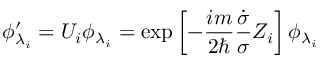
\phi _ { \lambda _ { i } } ^ { \prime } = U _ { i } \phi _ { \lambda _ { i } } = \exp \left[ - \frac { i m } { 2 \hbar } \frac { \dot { \sigma } } { \sigma } Z _ { i } \right] \phi _ { \lambda _ { i } }